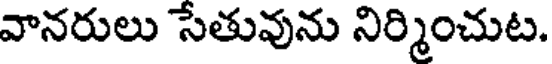
వానరులు సేతువును నిర్మించుట.